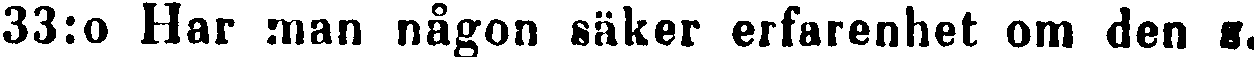
33:o Har man någon säker erfarenhet om den s.